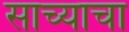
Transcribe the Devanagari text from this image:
साच्याचा